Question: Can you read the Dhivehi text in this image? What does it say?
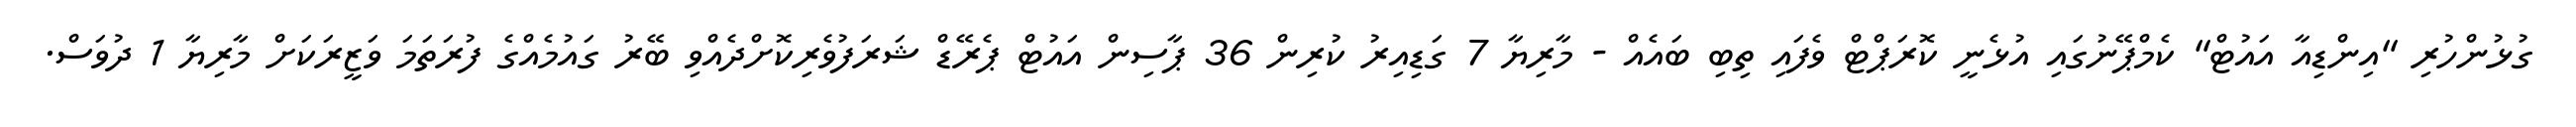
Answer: ގުޅުންހުރި "އިންޑިއާ އައުޓް" ކެމްޕޭނުގައި އުޅެނީ ކޮރަޕްޓް ވެފައި ތިބި ބައެއް - މާރިޔާ 7 ގަޑިއިރު ކުރިން 36 ޕާސިން އައުޓް ޕެރޭޑް ޝަރަފުވެރިކޮށްދެއްވި ބޭރު ގައުމެއްގެ ފުރަތަމަ ވަޒީރަކަށް މާރިޔާ 1 ދުވަސް.